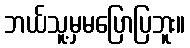
ဘယ်သူ့မှမပြောပြဘူး။